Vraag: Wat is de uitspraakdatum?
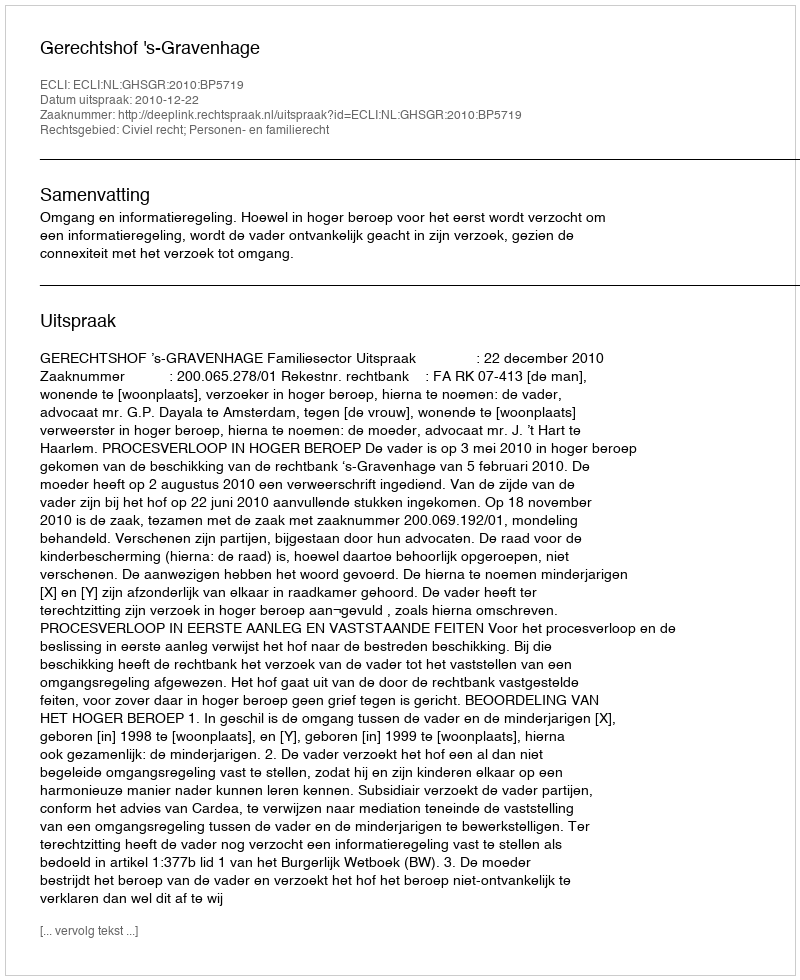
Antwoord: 2010-12-22